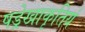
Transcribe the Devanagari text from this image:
षड्रेखाकृतियं